Calcutta medical institutions reports 1871-78
Year: 1871
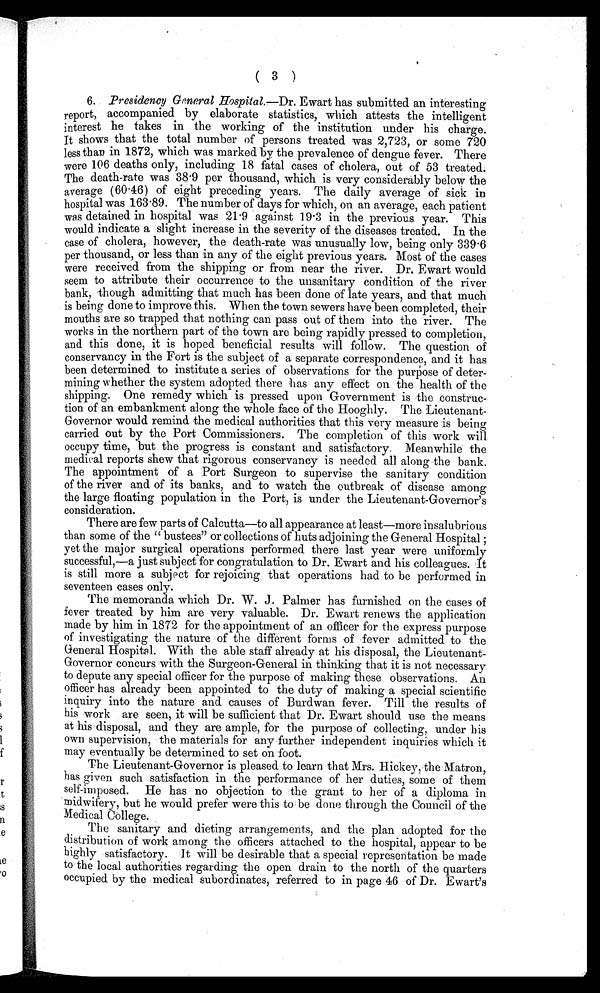
( 3 )
6. Presidency Generale Hospital.— Dr. Ewart has submitted an interesting
report, accompanied by elaborate statistics, which attests the intelligent
interest he takes in the working of the institution under his charge.
It shows that the total number of persons treated was 2,723, or some 720
less than in 1872, which was marked by the prevalence of dengue fever. There
were 106 deaths only, including 18 fatal cases of cholera, out of 53 treated.
The death-rate was 38.9 per thousand, which is very considerably below the
average (60.46) of eight preceding years. The daily average of sick in
hospital was 163.89. The number of days for which, on an average, each patient
was detained in hospital was 21.9 against 19.3 in the previous year. This
would indicate a slight increase in the severity of the diseases treated. In the
case of cholera, however, the death-rate was unusually low, being only 339.6
per thousand, or less than in any of the eight previous years. Most of the cases
were received from the shipping or from near the river. Dr. Ewart would
seem to attribute their occurrence to the unsanitary condition of the river
bank, though admitting that much has been done of late years, and that much
is being done to improve this. When the town sewers have been completed, their
mouths are so trapped that nothing can pass out of them into the river. The
works in the northern part of the town are being rapidly pressed to completion,
and this done, it is hoped beneficial results will follow. The question of
conservancy in the Fort is the subject of a separate correspondence, and it has
been determined to institute a series of observations for the purpose of deter-
mining whether the system adopted there has any effect on the health of the
shipping. One remedy which is pressed upon Government is the construc-
tion of an embankment along the whole face of the Hooghly. The Lieutenant-
Governor would remind the medical authorities that this very measure is being
carried out by the Port Commissioners. The completion of this work will
occupy time, but the progress is constant and satisfactory. Meanwhile the
medical reports shew that rigorous conservancy is needed all along the bank.
The appointment of a Port Surgeon to supervise the sanitary condition
of the river and of its banks, and to watch the outbreak of disease among
the large floating population in the Port, is under the Lieutenant-Governor's
consideration.
There are few parts of Calcutta—to all appearance at least—more insalubrious
than some of the "bustees" or collections of huts adjoining the General Hospital
yet the major surgical operations performed there last year were uniformly
successful,—a just subject for congratulation to Dr. Ewart and his colleagues. It
is still more a subject for rejoicing that operations had to be performed in
seventeen cases only.
The memoranda which Dr. W. J . Palmer has furnished on the cases of
fever treated by him are very valuable. Dr. Ewart renews the application
made by him in 1872 for the appointment of an officer for the express purpose
of investigating the nature of the different forms of fever admitted to the
General Hospital. With the able staff already at his disposal, the Lieutenant-
Governor concurs with the Surgeon-General in thinking that it is not necessary
to depute any special officer for the purpose of making these observations. An
officer has already been appointed to the duty of making a special scientific
inquiry into the nature and causes of Burdwan fever. Till the results of
his work are seen, it will be sufficient that Dr. Ewart should use the means
at his disposal, and they are ample, for the purpose of collecting, under his
own supervision, the materials for any further independent inquiries which it
may eventually be determined to set on foot.
The Lieutenant-Governor is pleased to learn that Mrs. Hickey, the Matron,
has given such satisfaction in the performance of her duties, some of them
self-imposed. He has no objection to the grant to her of a diploma in
midwifery, but he would prefer were this to be done through the Council of the
Medical College.
The sanitary and dieting arrangements, and the plan adopted for the
distribution of work among the officers attached to the hospital, appear to be
highly satisfactory. It will be desirable that a special representation be made
to the local authorities regarding the open drain to the north of the quarters
occupied by the medical subordinates, referred to in page 46 of Dr. Ewart's